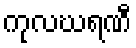
ကုလဃရဏီ